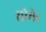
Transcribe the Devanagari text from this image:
सोमेंद्र